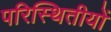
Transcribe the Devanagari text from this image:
परिस्थितीयों